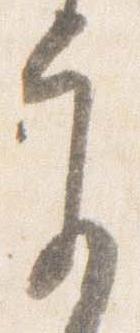
参